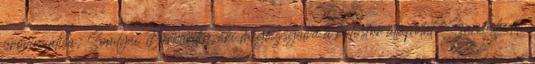
provinciálisa, Somlyai Bernardin, aki megvizsgálva a kolostor állapotát, Szarvaskeddi